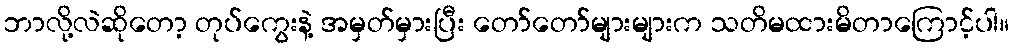
ဘာလို့လဲဆိုတော့ တုပ်ကွေးနဲ့ အမှတ်မှားပြီး တော်တော်များများက သတိမထားမိတာကြောင့်ပါ။